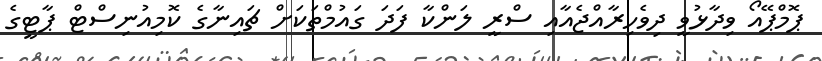
ޕޮމްޕޭއޯ ވިދާޅުވީ ދިވެހިރާއްޖެއާއި ސްރީ ލަންކާ ފަދަ ގައުމްތަކަށް ޗައިނާގެ ކޮމިއުނިސްޓް ޕާޓީގެ